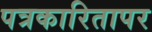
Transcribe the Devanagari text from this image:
पत्रकारितापर